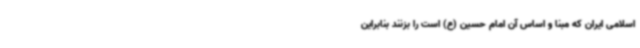
اسلامی ایران که مبنا و اساس آن امام حسین (ع) است را بزنند بنابراین